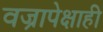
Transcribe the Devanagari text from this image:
वज्रापेक्षाही